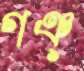
গঞ্